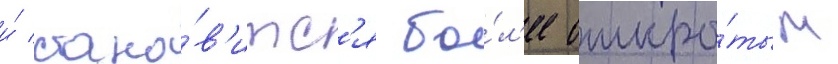
и́ стано́в'итс'я бо́л'ее откры́тым